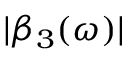
| \beta _ { 3 } ( \omega ) |